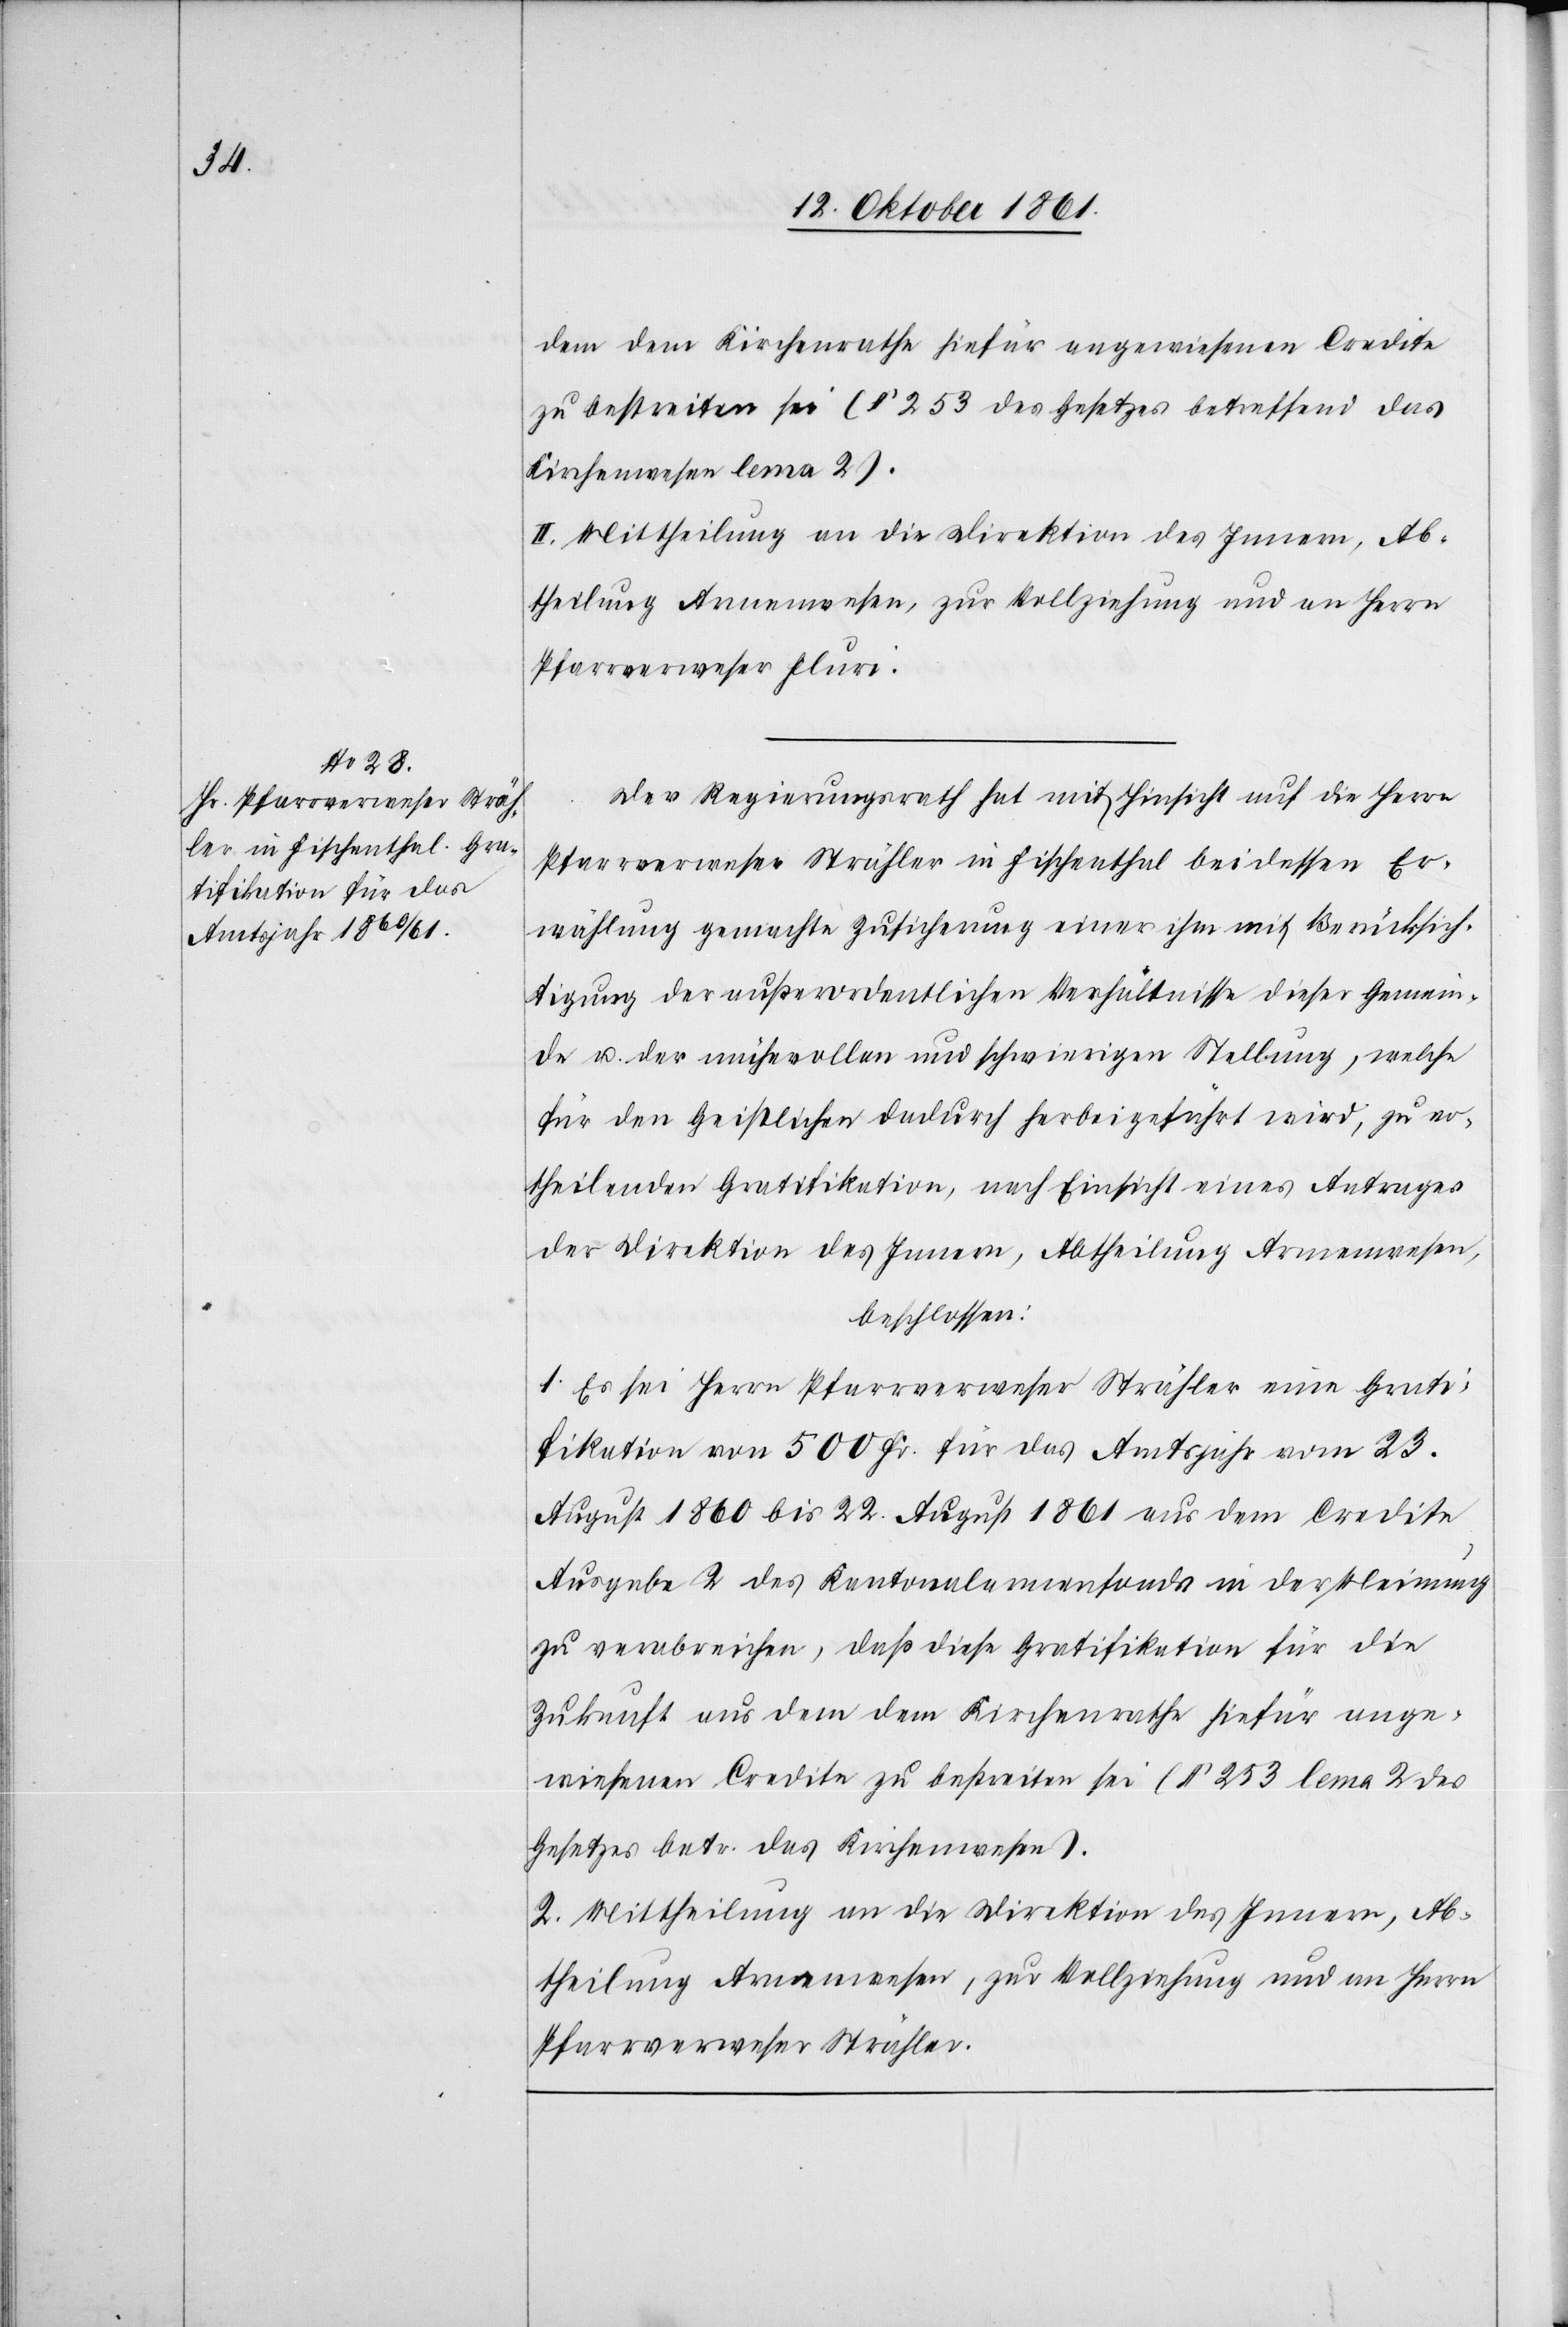
den dem Kirchenrathe hiefür angewiesenen Credite
zu bestreiten sei (§ 253 des Gesetzes betreffend das
Kirchenwesen lema [sic!]
II. Mittheilung an die Direktion des Innern, Ab¬
theilung Armenwesen, zur Vollziehung und an Herrn
Pfarrverweser Fluri.
Der Regierungsrath hat mit Hinsicht auf die Herrn
Pfarrverweser Strähler in Fischenthal bei dessen Er¬
wählung gemachte Zusicherung einer ihm mit Berücksich¬
tigung der außerordentlichen Verhältnisse dieser Gemein¬
de u. der mühevollen und schwierigen Stellung, welche
für den Geistlichen dadurch herbeigeführt wird, zu er¬
theilenden Gratifikation, nach Einsicht eines Antrages
der Direktion des Innern, Abtheilung Armenwesen,
beschlossen:
1. Es sei Herrn Pfarrverweser Strähler eine Grati¬
fikation von 500 Fr. für das Amtsjahr vom 23
August 1860 bis 22 August 1861 aus dem Credite
Ausgabe 2 des Kantonalarmenfonds in der Meinung
zu verabreichen, daß diese Gratifikation für die
Zukunft aus dem dem Kirchenrathe hiefür ange¬
wiesenen Credite zu bestreiten sei (§ 253 lema [sic!] 2 des
Gesetzes betr. das Kirchenwesen).
2. Mittheilung an die Direktion des Innern, Ab¬
Pfarrverweser Strähler.